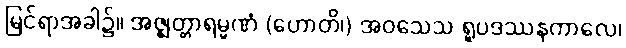
မြင်ရာအခါ၌။ အဇ္ဈတ္တာရမ္မဏံ (ဟောတိ၊) အဝသေသ ရူပဒဿနကာလေ၊